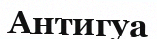
Антигуа